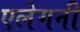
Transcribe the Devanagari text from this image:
एलेगनी